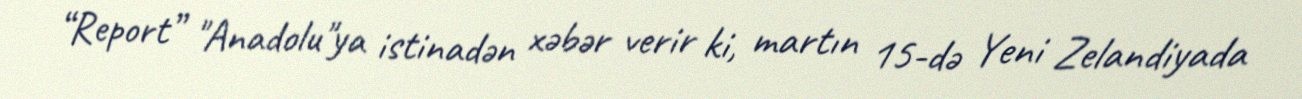
“Report” "Anadolu"ya istinadən xəbər verir ki, martın 15-də Yeni Zelandiyada